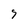
Character: 7